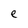
Character: e